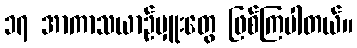
၁၇ အာကာသယာဉ်မှူးတွေ ဖြစ်ကြပါတယ်။